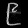
Digit: ၉